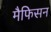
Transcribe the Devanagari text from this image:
मैफिसन